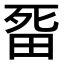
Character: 𭻏